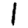
Digit: 1